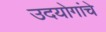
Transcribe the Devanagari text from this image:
उदयोगांचे